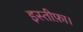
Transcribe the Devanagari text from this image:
इस्तीफ़ा।